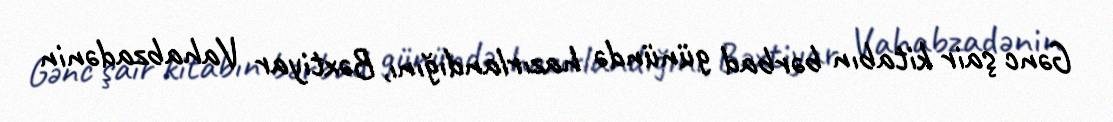
Gənc şair kitabın bərbad günündə hazırlandığını, Bəxtiyar Vahabzadənin